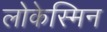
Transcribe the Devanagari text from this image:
लोकेस्मिन